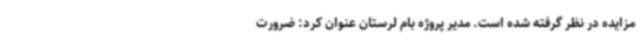
مزایده در نظر گرفته شده است. مدیر پروژه بام لرستان عنوان کرد: ضرورت